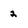
Character: 2